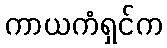
ကာယကံရှင်က